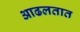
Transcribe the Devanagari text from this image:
आढलतात